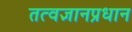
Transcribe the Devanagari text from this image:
तत्वज्ञानप्रधान